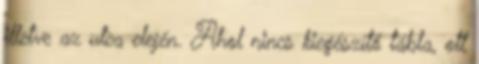
illetve az utca elején. Ahol nincs kiegészítő tábla, ott